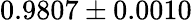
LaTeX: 0.9807\pm 0.0010